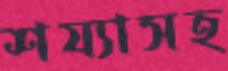
শয্যাসহ